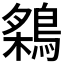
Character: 𬷠